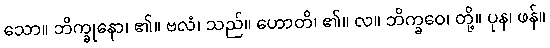
သော။ ဘိက္ခုနော၊ ၏။ ဗလံ၊ သည်။ ဟောတိ၊ ၏။ လ။ ဘိက္ခဝေ၊ တို့။ ပုန၊ ဖန်။